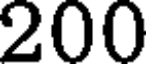
200